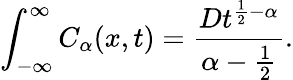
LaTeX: \int_{-\infty}^{\infty}C_{\alpha}(x,t)=\frac{Dt^{\frac{1}{2}-\alpha}}{\alpha-\frac{1}{2}}.